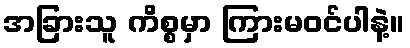
အခြားသူ ကိစ္စမှာ ကြားမဝင်ပါနဲ့။